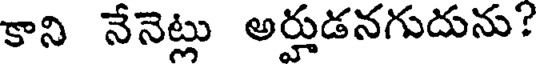
కాని నేనెట్లు అర్హుడనగుదును?